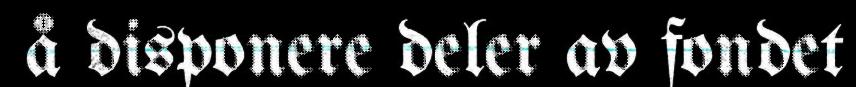
å disponere deler av fondet